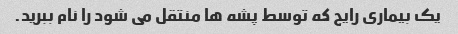
یک بیماری رایج که توسط پشه ها منتقل می شود را نام ببرید.